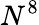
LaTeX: N^{8}